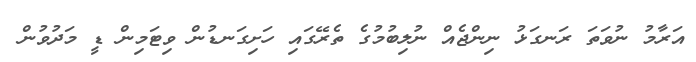
އަރާމު ނުވަތަ ރަނގަޅު ނިންޖެއް ނުލިބުމުގެ ތެރޭގައި ހަށިގަނޑުން ވިޓަމިން ޑީ މަދުވުން